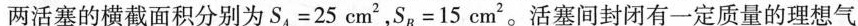
两活塞的横截面积分别为$$S _ { A } = 2 5 c m ^ { 2 }$$，$$S _ { B } = 1 5 c m ^ { 2 }$$。活塞间封闭有一定质量的理想气